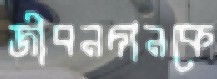
জীবনদানকে